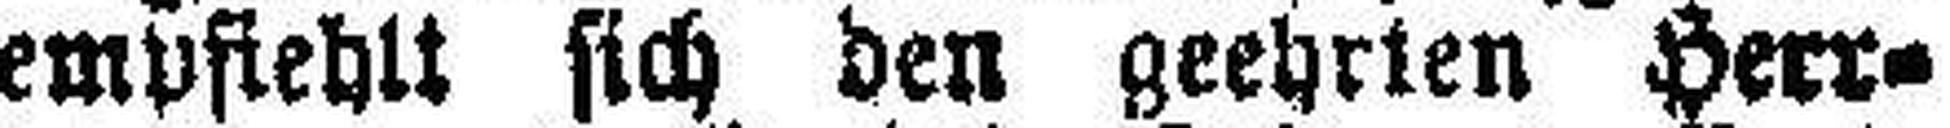
empfiehlt sich den geehrten Herr¬